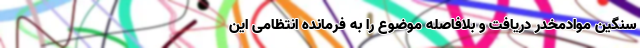
سنگین موادمخدر دریافت و بلافاصله موضوع را به فرمانده انتظامی این